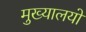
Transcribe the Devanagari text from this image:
मुख्यालयो